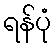
ရန်ပုံ